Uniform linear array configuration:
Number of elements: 8
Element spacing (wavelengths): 0.75
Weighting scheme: kaiser
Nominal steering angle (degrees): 45
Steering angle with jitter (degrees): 46.434
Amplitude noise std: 0.05
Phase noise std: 0.05

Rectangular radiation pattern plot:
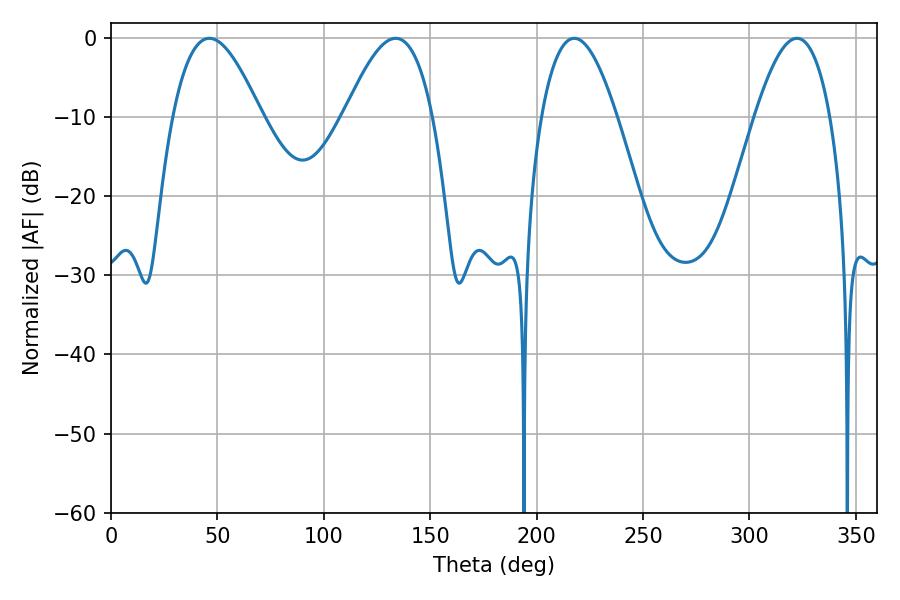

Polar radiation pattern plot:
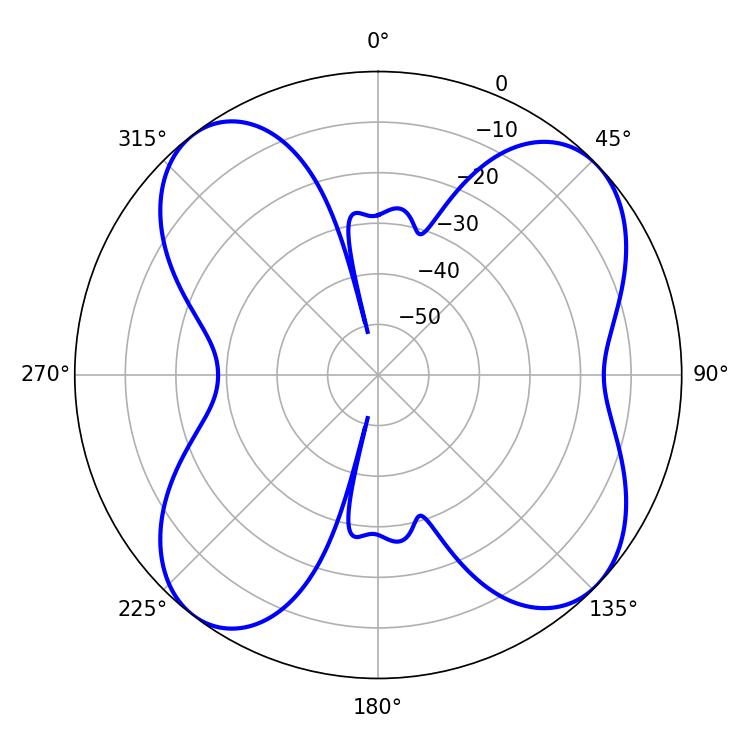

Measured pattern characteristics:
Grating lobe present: TRUE
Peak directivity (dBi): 10.233
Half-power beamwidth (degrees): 22.5
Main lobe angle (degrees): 46.26